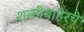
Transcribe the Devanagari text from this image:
शक्तीबाहेरचे